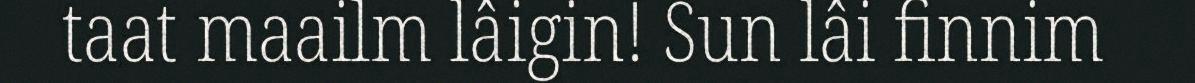
taat maailm lâigin! Sun lâi finnim